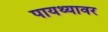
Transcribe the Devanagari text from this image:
पायथ्यावर